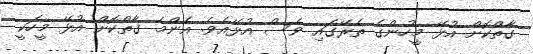
ގާތްކޮށް އުޅޭ މީހުންގެ ތެރޭގައި ވެސް އުޅޭއެވެ. އެންމެ ގާތްކޮށް އުޅޭ މީހަކީ